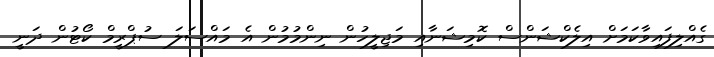
ގެއްލިފައިވާކަމަށް އިލެކްޝަންސް ކޮމިޝަނާއި މަޖިލީހުން ނިންމުމުން އެ މައްސަލަ ސުޕްރީމް ކޯޓުން ދަނީ